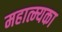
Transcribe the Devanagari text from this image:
महात्म्यका